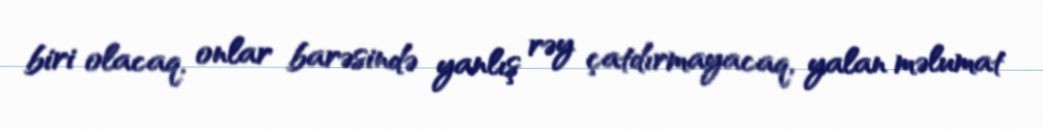
biri olacaq, onlar barəsində yanlış rəy çatdırmayacaq, yalan məlumat